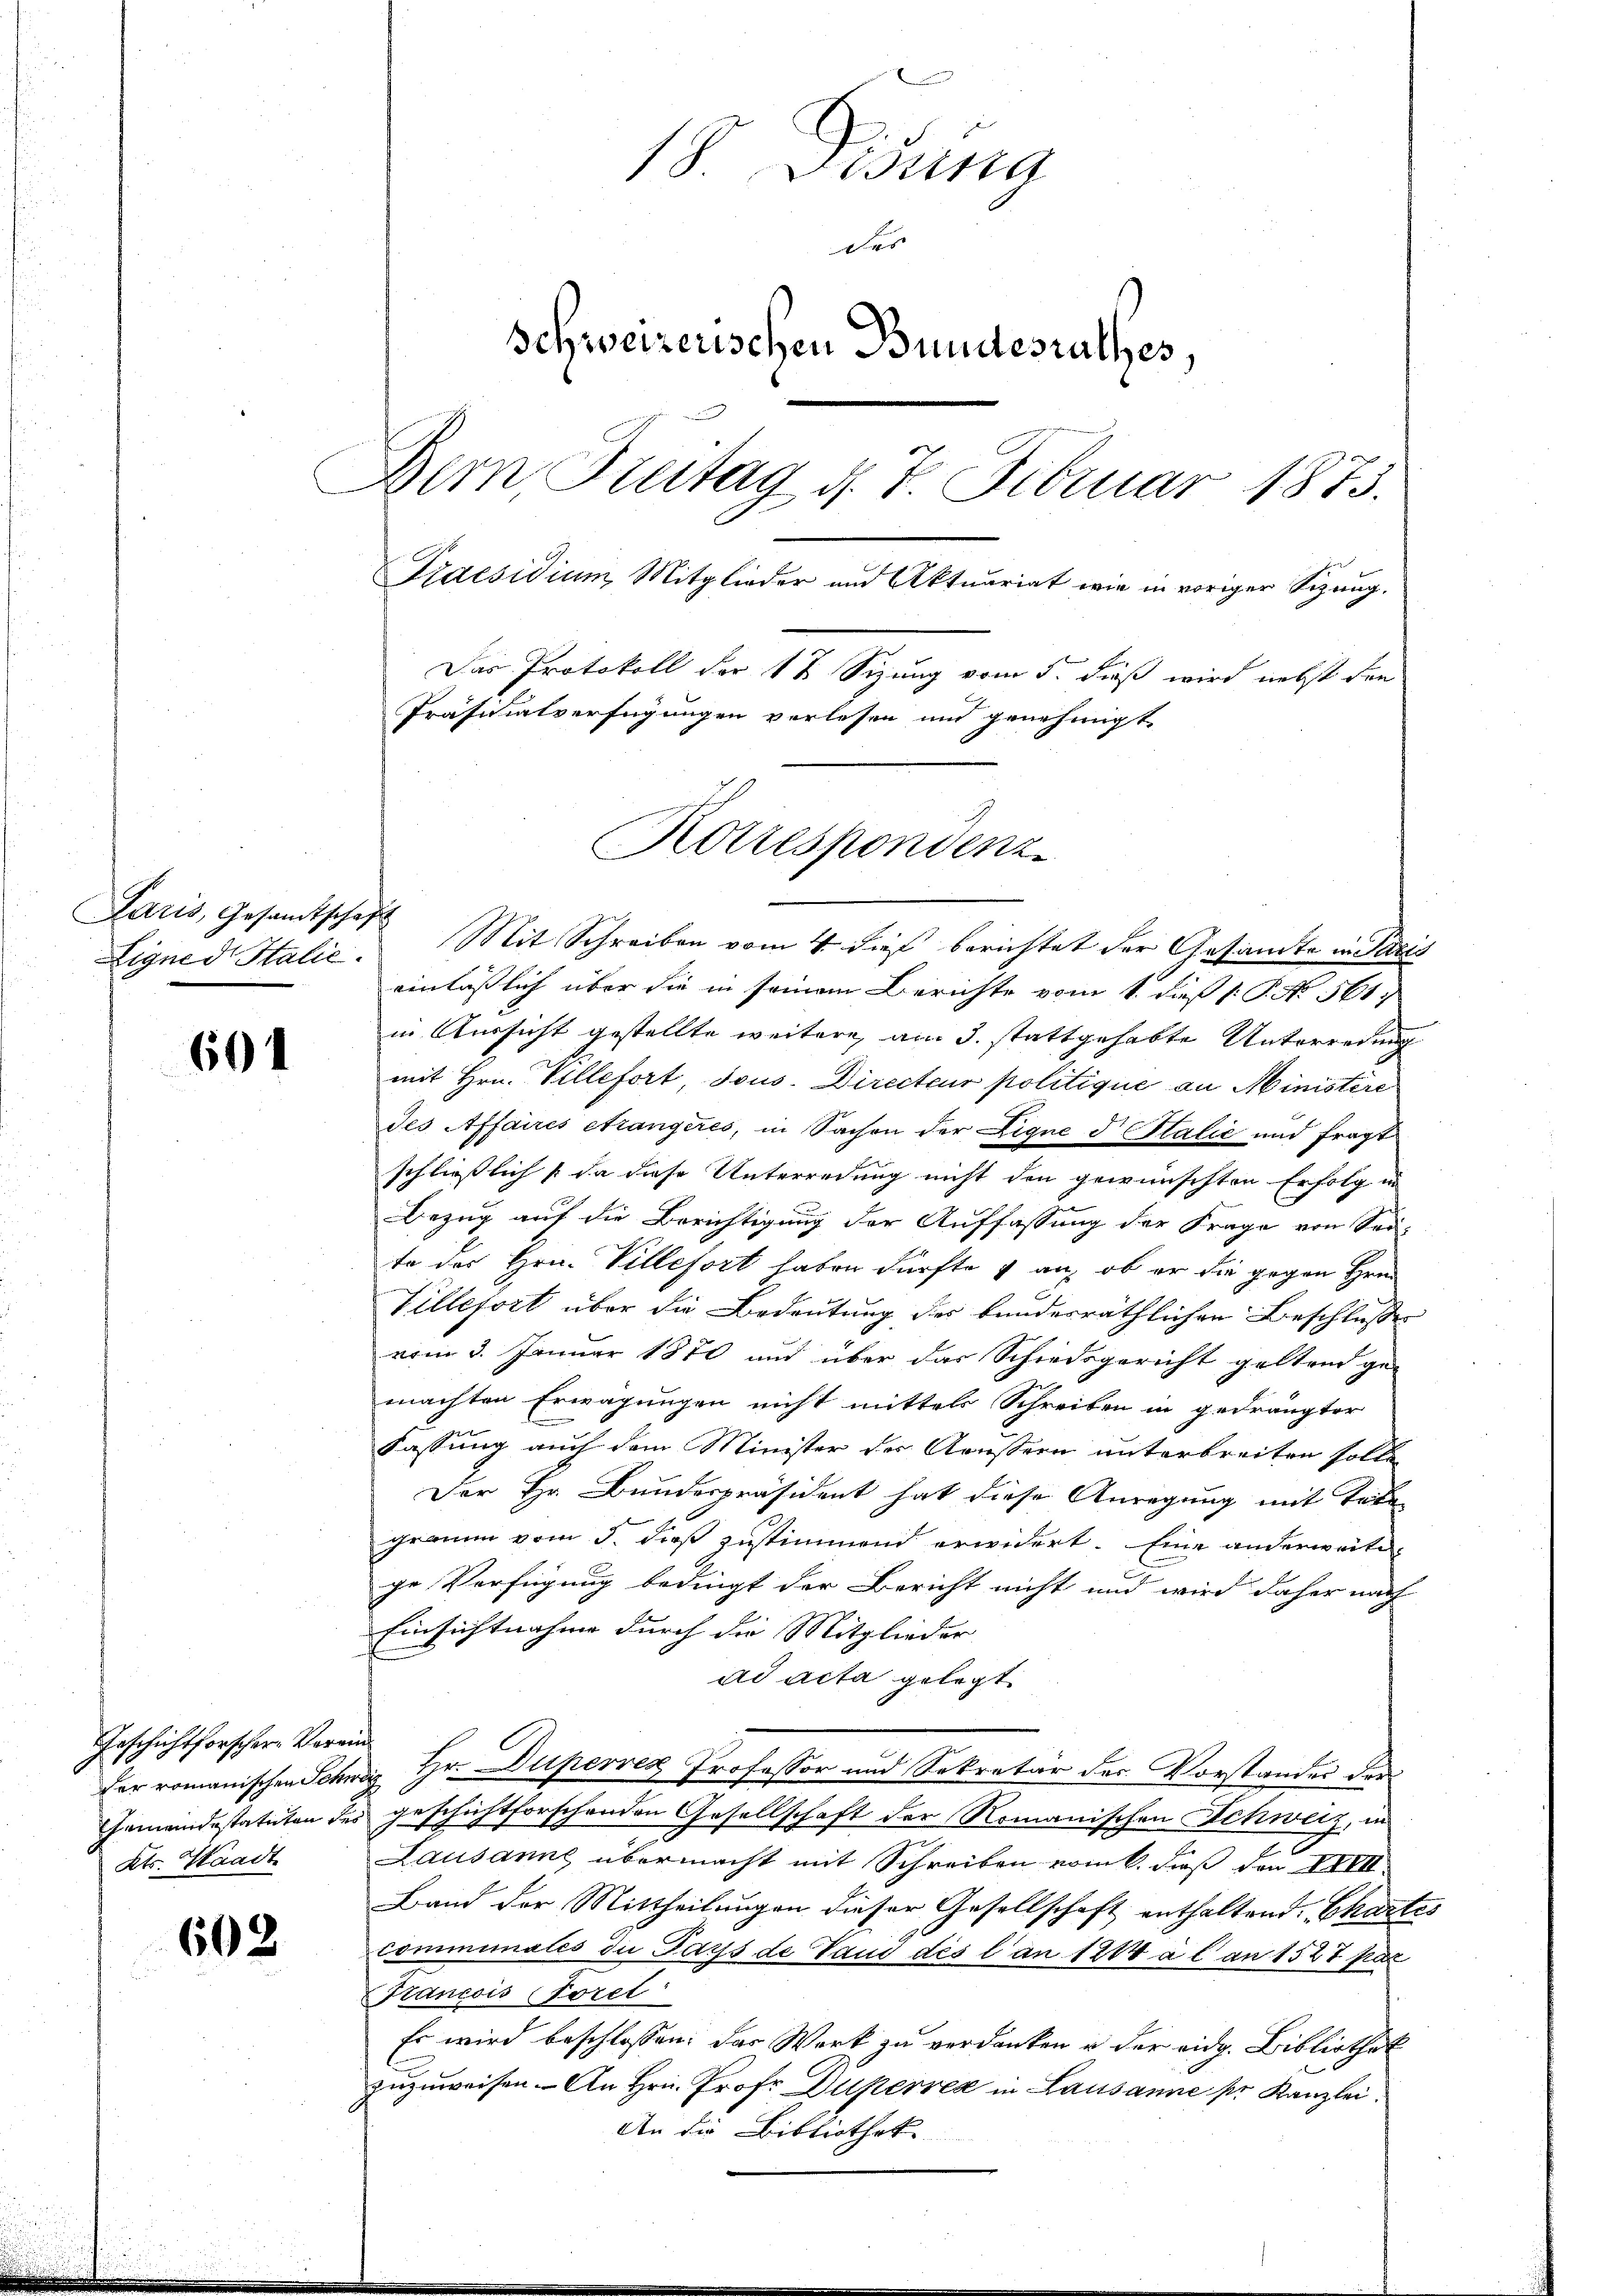
Laris, Gesamtschaft
Ligned Italie

601

Geschichtforscher Verein
Kts. Staadt

602

18. Didung
des
Schweizerischen Bundesrathes,
Dem Treitag d. 7. Februar 1873.
Praesidium Mitglieder und Aktuariat wie in voriger Sizung.
Das Protokoll der 1 ½ Sizung vom 5. dieß wird nebst den
Präsidialverfügungen vorlesen und genehmigt.

Mit Schreiben vom 4. dieß berichtet der Gesandte in Paris
einläßlich über die in seinem Berichte vom 1. dieß P. P. No. 561.
in Aussicht gestellte weitere, am 3. stattgehabte Unterredung
mit Hrn. Villefort, sous. Directeur politique an Ministere
des Affaires étrangeres, in Sachen der Eigne d Italić und fragt
schließlich (da diese Unterredung nicht den gewünschten Erfolg in
Bezug auf die Berichtigung der Auffassung der Frage von Sei-
te des Hrn. Villesort haben dürfte & an, ob er die gegen Hrn.
Villefort über die Bedeutung des bundesräthlichen Beschlusses
vom 3. Januar 1870 und über das Schiedsgericht geltend ge-
machten Erwägungen nicht mittels Schreiben in gedrängter
Fassung auch dem Minister der Aeussern unterbreiten solle
Der Hr. Bundespräsident hat diese Anregung mit Tele
gramm vom 3. dieß zustimmend erwidert. Eine anderweite
ge Verfügung bedingt der Bericht nicht und wird daher nach
Einsichtnahme durch die Mitglieder
ad acta gelegt.
der romanischen Schweiz Hr. Duperren Professor und Sekretär des Vorstandes der
Gemeindestatuten des geschichtforschenden Gesellschaft der Romanischen Schweiz, in
Lausanne übermacht mit Schreiben vom 6. dieß den IIIII.
Band der Mittheilungen dieser Gesellschaft enthaltend. Chartes
comminales die Pays de Land des l. an 1214 à l an 1527 par
Francois Toret
Es wird beschlossen: das Werk zu verdanken u. der eidg. Bibliothek
zuzuweisen. An Hrn. Prof. Duperver in Lausanne pr Kanzlei.
An die Bibliotheke

Kotrespondenz